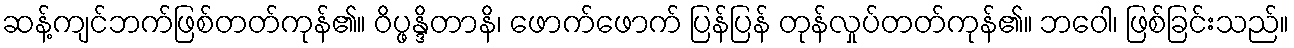
ဆန့်ကျင်ဘက်ဖြစ်တတ်ကုန်၏။ ဝိပ္ဖန္ဒိတာနိ၊ ဖောက်ဖောက် ပြန်ပြန် တုန်လှုပ်တတ်ကုန်၏။ ဘဝေါ၊ ဖြစ်ခြင်းသည်။